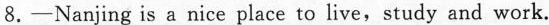
8.-Nanjing is a nice place to live,study and work.